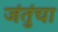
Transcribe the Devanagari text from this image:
जंतुंचा